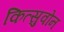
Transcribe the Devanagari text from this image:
कित्सुवोन